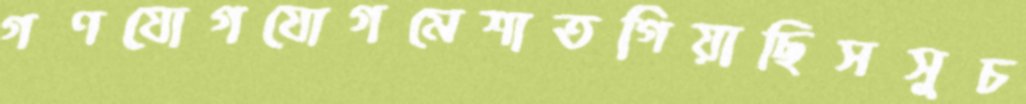
গণযোগযোগমেশাতগিয়াছিসসুচ